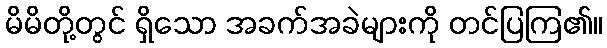
မိမိတို့တွင် ရှိသော အခက်အခဲများကို တင်ပြကြ၏။